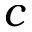
c